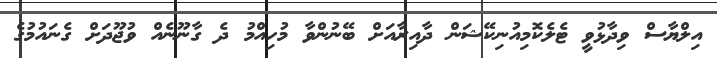
އިލްޔާސް ވިދާޅުވީ ޓެލެކޮމިއުނިކޭޝަން ދާއިރާއަށް ބޭނުންވާ މުހިއްމު ދެ ގާނޫނެއް ވުޖޫދަށް ގެނައުމުގެ